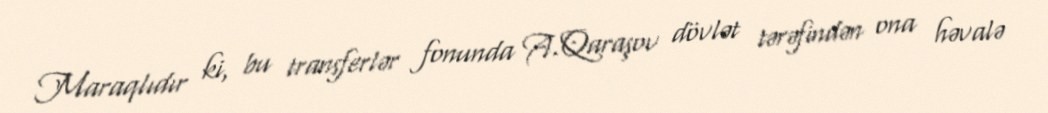
Maraqlıdır ki, bu transferlər fonunda A.Qaraşov dövlət tərəfindən ona həvalə